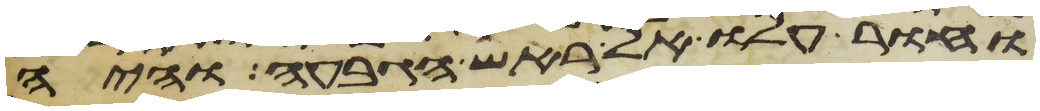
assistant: וחור עלו אל ראש הגבעה והיה